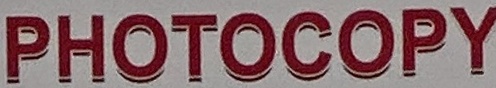
PHOTOCOPY